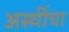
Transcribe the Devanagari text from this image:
अस्थींचा